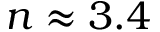
n \approx 3 . 4